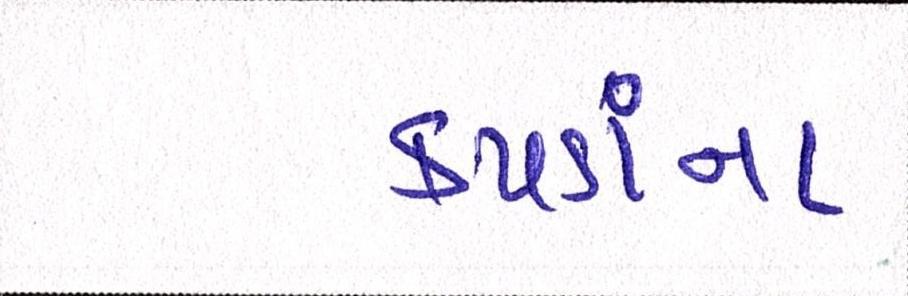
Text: કપડાંના